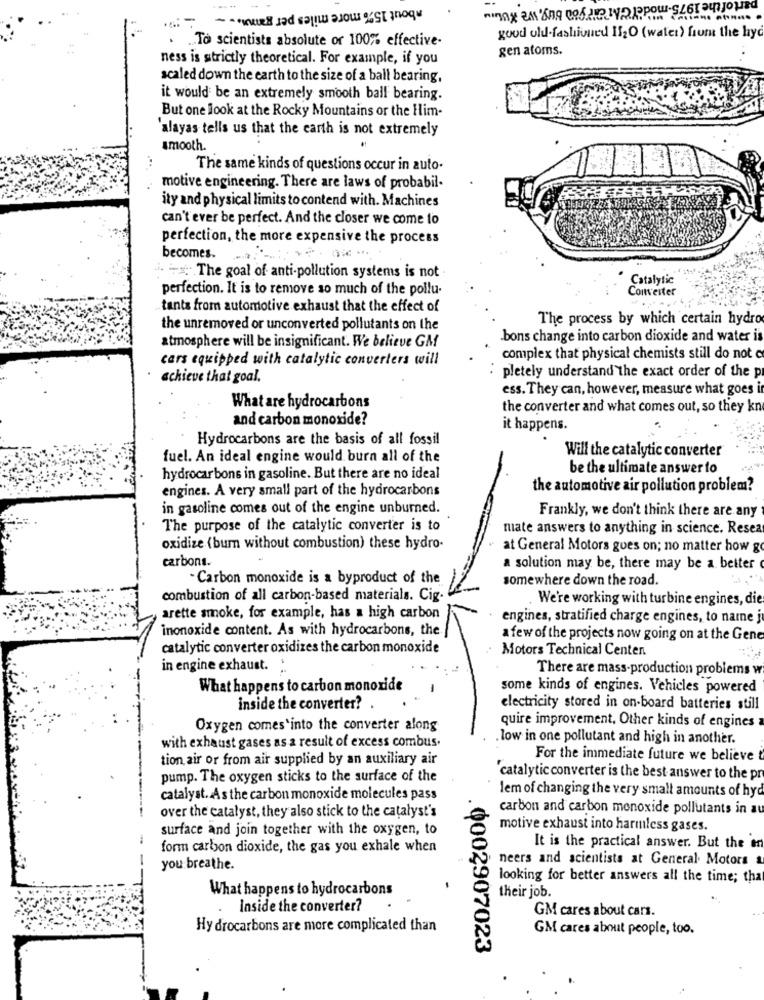
part of the 1975-model GA cargos buy, we KUL
about 15% more miles per gamus ..
.. To scientists absolute or 100% effective-
good old-fashioned I12O (water) from the hyd
gen atoms.
ness is strictly theoretical. For example, if you
scaled down the earth to the size of a ball bearing,
it would be an extremely smooth ball bearing.
But one look at the Rocky Mountains or the Him-
alayas tells us that the earth is not extremely
smooth.
The same kinds of questions occur in auto-
motive engineering. There are laws of probabil-
ity and physical limits to contend with. Machines
can't ever be perfect. And the closer we come to
perfection, the more expensive the process
becomes.
i. - The goal of anti-pollution systems is not
Catalytic
perfection. It is to remove so much of the pollu-
Converter
tants from automotive exhaust that the effect of
The process by which certain hydro
the unremoved or unconverted pollutants on the
bons change into carbon dioxide and water is
atmosphere will be insignificant. We believe GM
cars equipped with catalytic converters will
complex that physical chemists still do not c
achieve that goal.
pletely understand the exact order of the p
ess. They can, however, measure what goes i
What are hydrocarbons
the converter and what comes out, so they kn
and carbon monoxide?
it happens.
Hydrocarbons are the basis of all fossil
Will the catalytic converter
fuel. An ideal engine would burn all of the
be the ultimate answer to
hydrocarbons in gasoline. But there are no ideal
engines. A very small part of the hydrocarbons
the automotive air pollution problem?
in gasoline comes out of the engine unburned.
Frankly, we don't think there are any
The purpose of the catalytic converter is to
mate answers to anything in science. Resea
oxidize (burn without combustion) these hydro-
at General Motors gues on; no matter how g
carbons.
a solution may be, there may be a better
- Carbon monoxide is a byproduct of the
somewhere down the road.
combustion of all carbon-based materials. Cig
We're working with turbine engines, die
arette smoke, for example, has a high carbon
engines, stratified charge engines, to name j
inonoxide content. As with hydrocarbons, the
a few of the projects now going on at the Gene
catalytic converter oxidizes the carbon monoxide
Motors Technical Centen
in engine exhaust.
There are mass-production problems w
What happens to carbon monoxide
some kinds of engines. Vehicles powered
inside the converter? .
electricity stored in on-board batteries still
Oxygen comes into the converter along
quire improvement. Other kinds of engines a
low in one pollutant and high in another.
with exhaust gases as a result of excess combus.
tion air or from air supplied by an auxiliary air
For the immediate future we believe
pump. The oxygen sticks to the surface of the
"catalytic converter is the best answer to the pr
catalyst. As the carbon monoxide molecules pass
lem of changing the very small amounts of hyd
carbon and carbon monoxide pollutants in au
over the catalyst, they also stick to the catalyst's
surface and join together with the oxygen, to
motive exhaust into harmless gases.
form carbon dioxide, the gas you exhale when
It is the practical answer. But the en
neers and scientists at General Motors
you breathe.
looking for better answers all the time; that
What happens to hydrocarbons
their job.
Inside the converter?
GM cares about cars.
Hy drocarbons are more complicated than
GM cares about people, too.
.0002907023